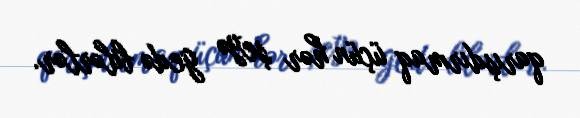
qarışdırmaq üçün hər şeyə gedə bilərlər.